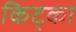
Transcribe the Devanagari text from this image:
किट्का